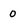
Character: 0